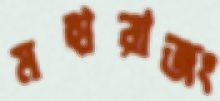
মহারাজং